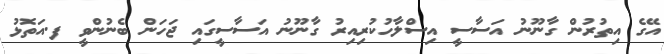
އޭގެ އިތުރުން ގާނޫނު އަސާސީ އިސްލާހުކުރިއިރު ގާނޫނު އަސާސީގައި ޖަހަން ބެނުންވީ ފ.އަތޮޅު